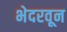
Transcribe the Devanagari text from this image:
भेदरवून